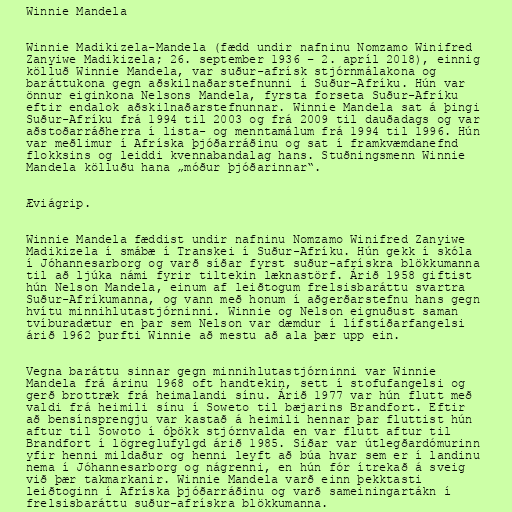
Winnie Mandela

Winnie Madikizela-Mandela (fædd undir nafninu Nomzamo Winifred
Zanyiwe Madikizela; 26. september 1936 – 2. apríl 2018), einnig
kölluð Winnie Mandela, var suður-afrísk stjórnmálakona og
baráttukona gegn aðskilnaðarstefnunni í Suður-Afríku. Hún var
önnur eiginkona Nelsons Mandela, fyrsta forseta Suður-Afríku
eftir endalok aðskilnaðarstefnunnar. Winnie Mandela sat á þingi
Suður-Afríku frá 1994 til 2003 og frá 2009 til dauðadags og var
aðstoðarráðherra í lista- og menntamálum frá 1994 til 1996. Hún
var meðlimur í Afríska þjóðarráðinu og sat í framkvæmdanefnd
flokksins og leiddi kvennabandalag hans. Stuðningsmenn Winnie
Mandela kölluðu hana „móður þjóðarinnar“.

Æviágrip.

Winnie Mandela fæddist undir nafninu Nomzamo Winifred Zanyiwe
Madikizela í smábæ í Transkei í Suður-Afríku. Hún gekk í skóla
í Jóhannesarborg og varð síðar fyrst suður-afrískra blökkumanna
til að ljúka námi fyrir tiltekin læknastörf. Árið 1958 giftist
hún Nelson Mandela, einum af leiðtogum frelsisbaráttu svartra
Suður-Afríkumanna, og vann með honum í aðgerðarstefnu hans gegn
hvítu minnihlutastjórninni. Winnie og Nelson eignuðust saman
tvíburadætur en þar sem Nelson var dæmdur í lífstíðarfangelsi
árið 1962 þurfti Winnie að mestu að ala þær upp ein.

Vegna baráttu sinnar gegn minnihlutastjórninni var Winnie
Mandela frá árinu 1968 oft handtekin, sett í stofufangelsi og
gerð brottræk frá heimalandi sínu. Árið 1977 var hún flutt með
valdi frá heimili sínu í Soweto til bæjarins Brandfort. Eftir
að bensínsprengju var kastað á heimili hennar þar fluttist hún
aftur til Sowoto í óþökk stjórnvalda en var flutt aftur til
Brandfort í lögreglufylgd árið 1985. Síðar var útlegðardómurinn
yfir henni mildaður og henni leyft að búa hvar sem er í landinu
nema í Jóhannesarborg og nágrenni, en hún fór ítrekað á sveig
við þær takmarkanir. Winnie Mandela varð einn þekktasti
leiðtoginn í Afríska þjóðarráðinu og varð sameiningartákn í
frelsisbaráttu suður-afrískra blökkumanna.